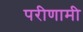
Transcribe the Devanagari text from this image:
परीणामी